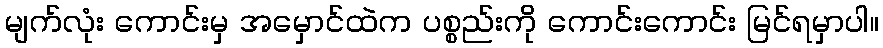
မျက်လုံး ကောင်းမှ အမှောင်ထဲက ပစ္စည်းကို ကောင်းကောင်း မြင်ရမှာပါ။